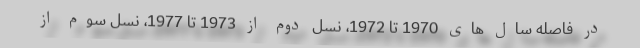
در فاصله سال های 1970 تا 1972، نسل دوم از 1973 تا 1977، نسل سوم از